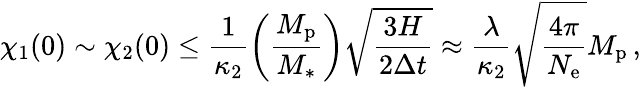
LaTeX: \chi_{1}(0)\sim\chi_{2}(0)\leq\frac{1}{\kappa_{2}}\left(\frac{M_{\mathrm{p}}}{M_{\ast}}\right)\sqrt{\frac{3H}{2\Delta t}}\approx\frac{\lambda}{\kappa_{2}}\sqrt{\frac{4\pi}{N_{\mathrm{e}}}}M_{\mathrm{p}}\, ,